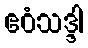
ဧဝံသဒ္ဒါ